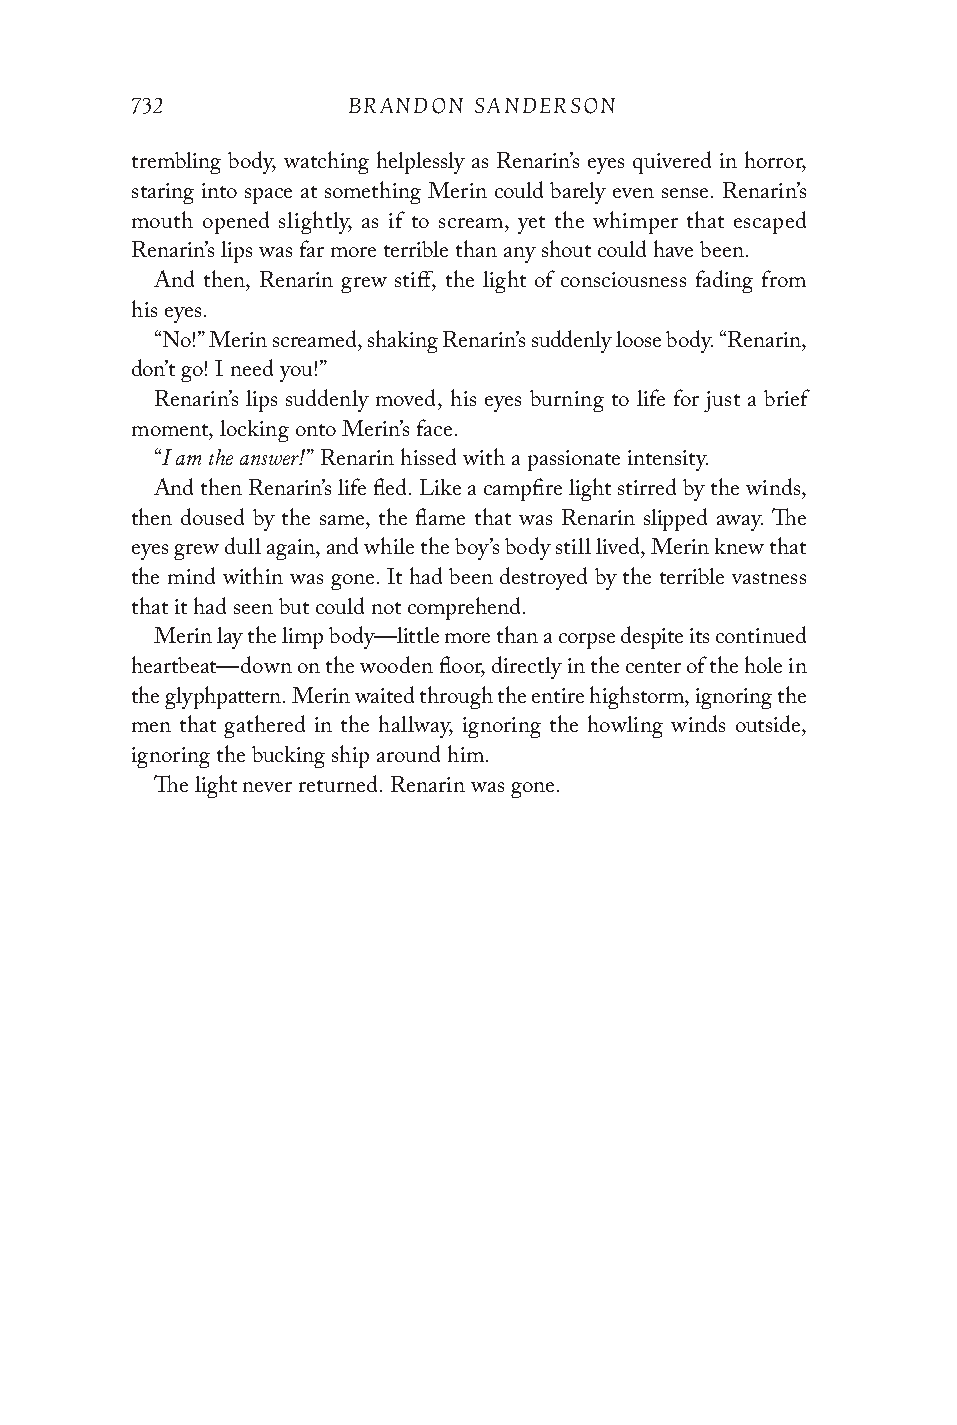
732           BRANDON SANDERSON
 trembling body, watching helplessly as Renarin’s eyes quivered in horror,
 staring into space at something Merin could barely even sense. Renarin’s
 mouth opened slightly, as if to scream, yet the whimper that escaped
 Renarin’s lips was far more terrible than any shout could have been.
 And then, Renarin grew stiff, the light of consciousness fading from
 his eyes.
 “No!” Merin screamed, shaking Renarin’s suddenly loose body. “Renarin,
 don’t go! I need you!”
 Renarin’s lips suddenly moved, his eyes burning to life for just a brief
 moment, locking onto Merin’s face.
 I am the answer!
 “         ” Renarin hissed with a passionate intensity.
 And then Renarin’s life fled. Like a campfire light stirred by the winds,
 then doused by the same, the flame that was Renarin slipped away. The
 eyes grew dull again, and while the boy’s body still lived, Merin knew that
 the mind within was gone. It had been destroyed by the terrible vastness
 that it had seen but could not comprehend.
 Merin lay the limp body—little more than a corpse despite its continued
 heartbeat—down on the wooden floor, directly in the center of the hole in
 the glyphpattern. Merin waited through the entire highstorm, ignoring the
 men that gathered in the hallway, ignoring the howling winds outside,
 ignoring the bucking ship around him.
 The light never returned. Renarin was gone.